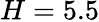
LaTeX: H=5.5